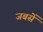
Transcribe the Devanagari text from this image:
जबसें